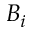
B _ { i }